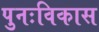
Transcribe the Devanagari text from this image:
पुनःविकास